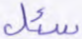
سئل